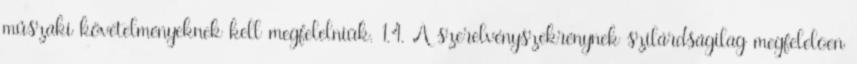
mûszaki követelményeknek kell megfelelniük. 1.4. A szerelvényszekrénynek szilárdságilag megfelelõen